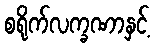
စရိုက်လက္ခဏာနှင့်